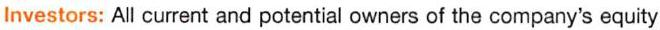
Investors: All current and potential owners of the company's equity